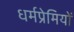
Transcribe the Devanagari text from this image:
धर्मप्रेमियों